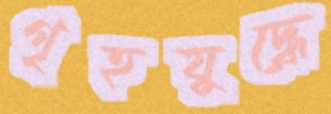
গৃহযুদ্ধে